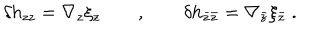
LaTeX: \delta h _ { z z } = \nabla _ { z } \xi _ { z } \qquad , \qquad \delta h _ { \bar { z } \bar { z } } = \nabla _ { \bar { z } } \xi _ { \bar { z } } \ .